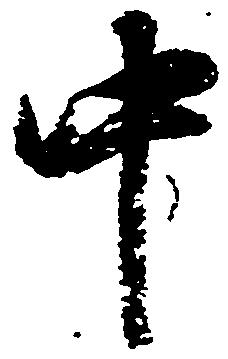
中